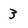
Character: 3